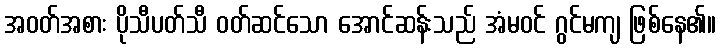
အဝတ်အစား ပိုသီပတ်သီ ဝတ်ဆင်သော အောင်ဆန်းသည် အံမဝင် ဂွင်မကျ ဖြစ်နေ၏။